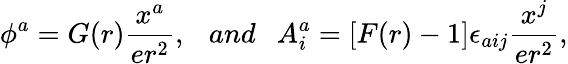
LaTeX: \phi^{a}=G(r)\frac{x^{a}}{er^{2}},\ \ \ and\ \ \ A_{i}^{a}=[F(r)-1]\epsilon_{aij}\frac{x^{j}}{er^{2}},